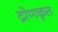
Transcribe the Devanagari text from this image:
द्रोणकृत